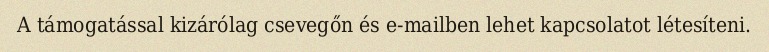
A támogatással kizárólag csevegőn és e-mailben lehet kapcsolatot létesíteni.